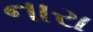
નારા